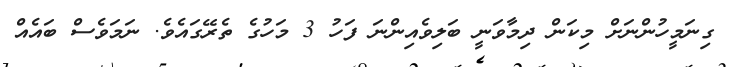
ގިނަމީހުންނަށް މިކަން ދިމާވަނީ ބަލިވެއިންނަ ފަހު 3 މަހުގެ ތެރޭގައެވެ. ނަމަވެސް ބައެއް